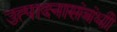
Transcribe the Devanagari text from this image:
उत्पादनासंबंधी